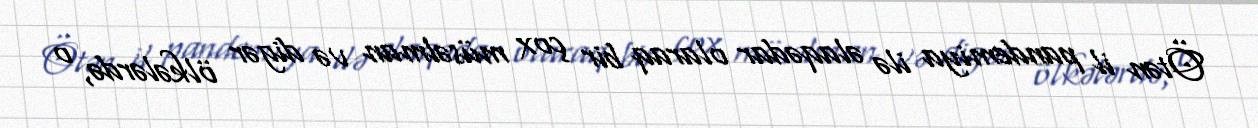
Ötən il pandemiya ilə əlaqədar olaraq bir çox müsəlman və digər ölkələrdə, o